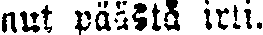
nut päästä irti.